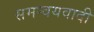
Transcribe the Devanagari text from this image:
समन्‍वयवादी